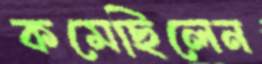
কমেছিলেন